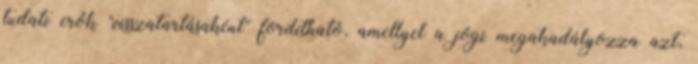
tudati erők "visszatartásaként" fordítható, amellyel a jógi megakadályozza azt,